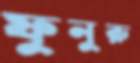
ফুনুরু